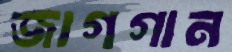
জাগগান